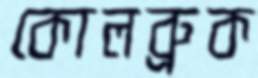
কোলব্রুক